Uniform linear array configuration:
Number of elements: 48
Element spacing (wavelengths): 1
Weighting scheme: binomial
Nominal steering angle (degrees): -15
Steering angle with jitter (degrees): -16.055
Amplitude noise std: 0.05
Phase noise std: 0.05

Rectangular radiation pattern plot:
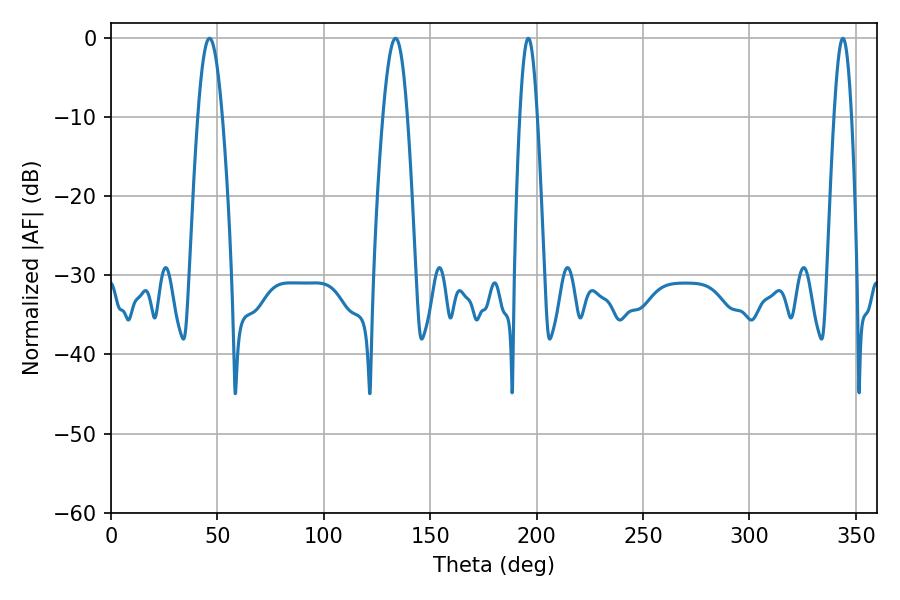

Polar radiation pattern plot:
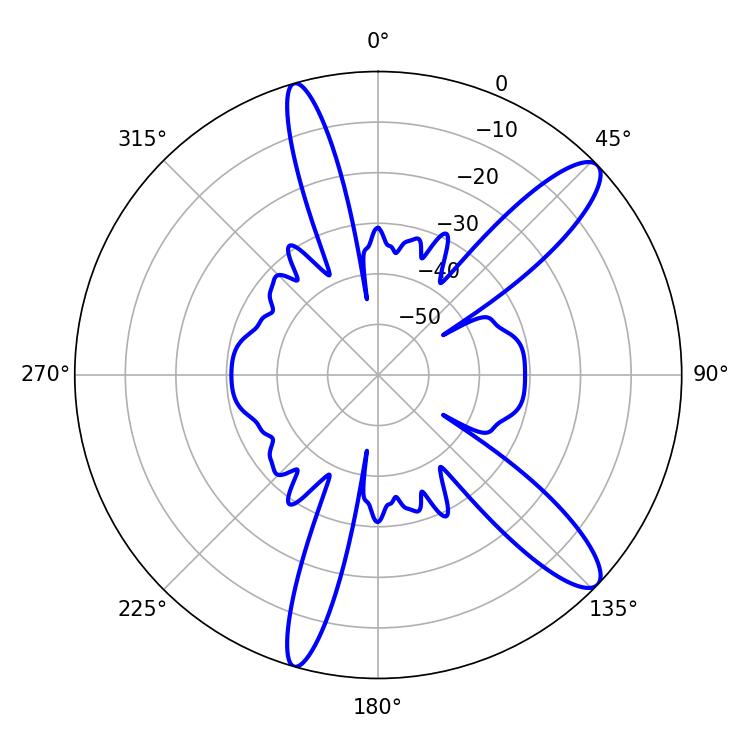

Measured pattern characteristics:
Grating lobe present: TRUE
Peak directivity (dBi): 12.079
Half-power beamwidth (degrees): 6.3
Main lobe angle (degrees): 46.26